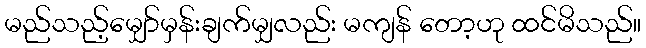
မည်သည့်မျှော်မှန်းချက်မျှလည်း မကျန် တော့ဟု ထင်မိသည်။